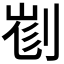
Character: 𠝉